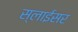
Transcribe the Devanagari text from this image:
स्‍लाईसर